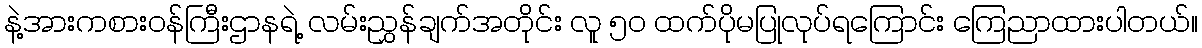
နဲ့အားကစားဝန်ကြီးဌာနရဲ့ လမ်းညွှန်ချက်အတိုင်း လူ ၅၀ ထက်ပိုမပြုလုပ်ရကြောင်း ကြေညာထားပါတယ်။